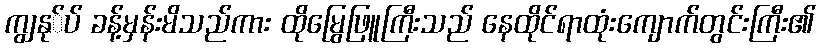
ကျွနု်ပ် ခန့်မှန်းမိသည်ကား ထိုမြွေဖြူကြီးသည် နေထိုင်ရာထုံးကျောက်တွင်းကြီး၏